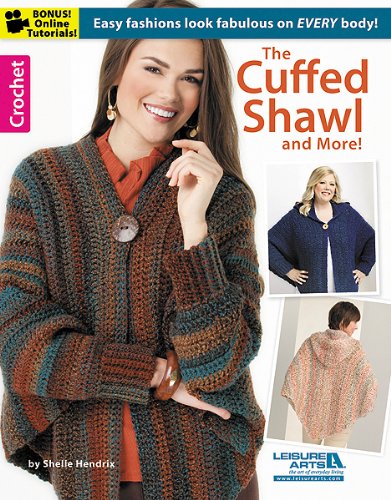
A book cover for The Cuffed Shawl & More (Leisure Arts Crochet); Shelle Hendrix; Crafts, Hobbies & Home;